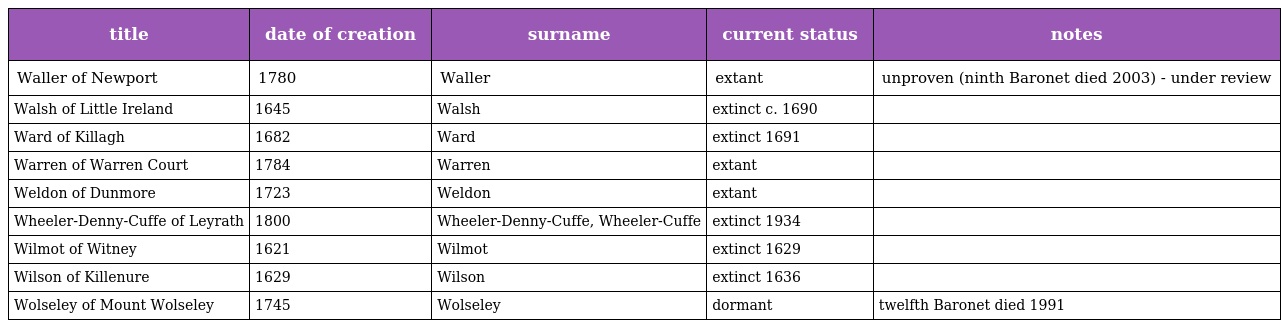
| title | date of creation | surname | current status | notes |
 | --- | --- | --- | --- | --- |
 | Waller of Newport | 1780 | Waller | extant | unproven (ninth Baronet died 2003) - under review |
 | Walsh of Little Ireland | 1645 | Walsh | extinct c. 1690 |  |
 | Ward of Killagh | 1682 | Ward | extinct 1691 |  |
 | Warren of Warren Court | 1784 | Warren | extant |  |
 | Weldon of Dunmore | 1723 | Weldon | extant |  |
 | Wheeler-Denny-Cuffe of Leyrath | 1800 | Wheeler-Denny-Cuffe, Wheeler-Cuffe | extinct 1934 |  |
 | Wilmot of Witney | 1621 | Wilmot | extinct 1629 |  |
 | Wilson of Killenure | 1629 | Wilson | extinct 1636 |  |
 | Wolseley of Mount Wolseley | 1745 | Wolseley | dormant | twelfth Baronet died 1991 |